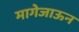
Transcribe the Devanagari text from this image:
मागेजाऊन